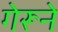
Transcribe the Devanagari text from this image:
गेरूने